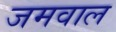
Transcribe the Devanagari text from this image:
जमवाल